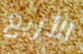
الأربع